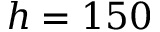
h = 1 5 0